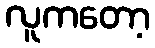
လူကတော့